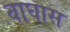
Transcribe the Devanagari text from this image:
वाघास